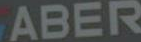
ABER